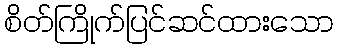
စိတ်ကြိုက်ပြင်ဆင်ထားသော